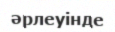
әрлеуінде